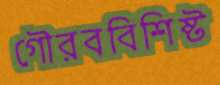
গৌরববিশিষ্ট